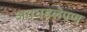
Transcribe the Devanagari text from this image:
अवघडलेपण